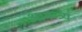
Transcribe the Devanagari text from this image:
आमन्त्र्य